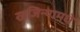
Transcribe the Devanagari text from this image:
खजिन्यामधे